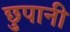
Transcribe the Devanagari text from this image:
छुपानी